Annual statistical returns and brief notes on vaccination in Bengal - 1896-1909
Year: 1896
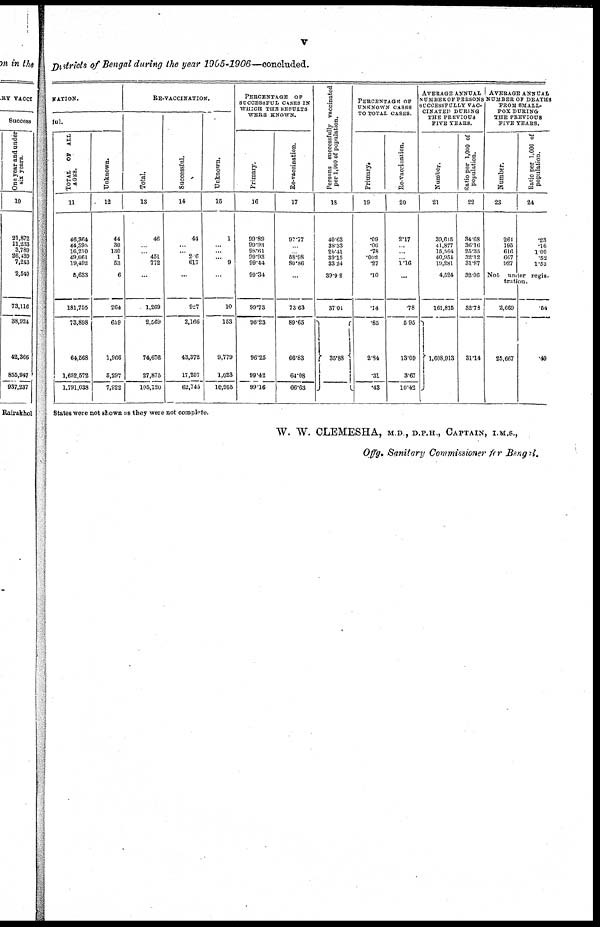
v
Districts of Bengal during the year 1905-1906—concluded.
NATION.
ful.
TOTAL
OF ALL
AGES.
11
46,364
44,395
16,210
49,661
19,492
6,633
181,755
73,898
64,568
1,652,572
1,791,038
Unknown.
12
44
30
130
1
53
6
264
659
1,966
5,297
7,922
RE-VACCINATION.
Total.
13
46
... ... 451
772
...
1,269
2,569
74,676
27,875
105,120
Successful.
14
44
...
...
26
617
...
927
2,166
43,372
17,207
62,745
Unknown.
15
1
... ...
... 9
...
10
153
9,779
1,023
10,955
PERCENTAGE OF
SUCCESSFUL CASES IN
WHICH THE RESULTS
WERE KNOWN.
Primary.
16
99.89
99.93
98.61
99.93
99.44
99.34
99.73
96.23
96.25
99.42
99.16
Re-vaccination.
17
97.77
...
... 58.98
80.86
...
73.63
89.65
66.83
64.08
66.63
Persons successfully vaccinated
per 1,000 of population.
18
40.63
38.33
26.41
39.15
33.24
39.92
37.01
35.88
PERCENTAGE OF
UNKNOWN CASES
TO TOTAL CASES.
Primary.
19
.09
.06
.78
.002
.27
.10
.14
.85
2.84
.31
.43
Re-vaccination.
20
2.17
...
...
...
1.16
...
.78
5.95
13.09
3.67
10.42
AVERAGE ANNUAL
NUMBER OF PERSONS
SUCCESSFULLY VAC-
CINATED DURING
THE PREVIOUS
FIVE YEARS.
Number.
21
39,615
41,877
15,564
40,954
10,281
4,524
161,815
1,608,913
Ratio per 1,000 of
population.
22
34.68
36.16
25.35
32.12
31.87
32.06
32.78
31.14
AVERAGE ANNUAL
NUMBER OF DEATH
FROM SMALL-
POX DURING
THE PREVIOUS
FIVE YEARS.
Number.
23
261
195
616
667
927
Ratio per 1,000 of
population.
24
.23
.16
1.00
.52
1.53
Not under regis-
tration.
2,669
25,667
.54
.49
States were not shown as they were not complete.
W. W. CLEMESHA, M.D., D.P.H., CAPTAIN, I.M.S.,
Offg. Sanitary Commissioner for Bengal.